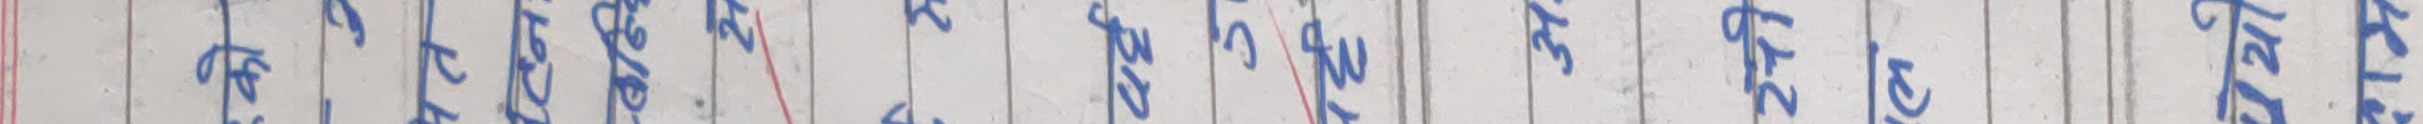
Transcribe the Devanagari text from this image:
२०७९/१२/३१ गते शुक्रबार